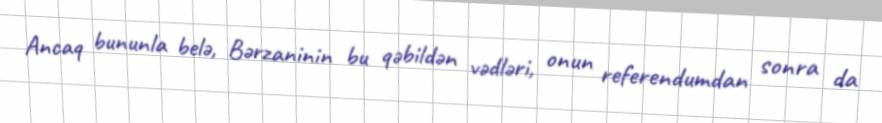
Ancaq bununla belə, Bərzaninin bu qəbildən vədləri, onun referendumdan sonra da